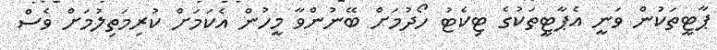
ޕާޓީތަކުން ވަނީ އެޕާޓީތަކުގެ ޓިކެޓު ހޯދުމަށް ބޭނުންވާ މީހުން އެކަމަށް ކުރިމަތިލުމަށް ވެސް